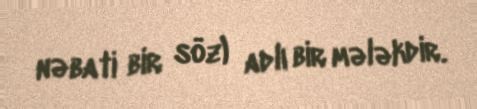
nəbati bir söz) adlı bir mələkdir.